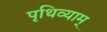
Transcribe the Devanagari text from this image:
पृथिव्याम्